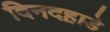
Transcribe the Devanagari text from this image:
दिनदह़ाडे